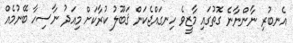
އެނބުރި ނާންނާނެ ގޮތުގައި މާޒީވެ ހިނގައްޖެކަން ޤަބޫލު ކުރާކަށް މިއަދު ނާސިހާ ބޭނުމެއް